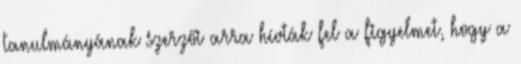
tanulmányának szerzői arra hívták fel a figyelmet, hogy a